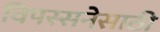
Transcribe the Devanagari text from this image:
विपस्सनेसाठी